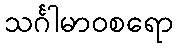
သင်္ဂါမာဝစရော